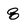
Character: 8